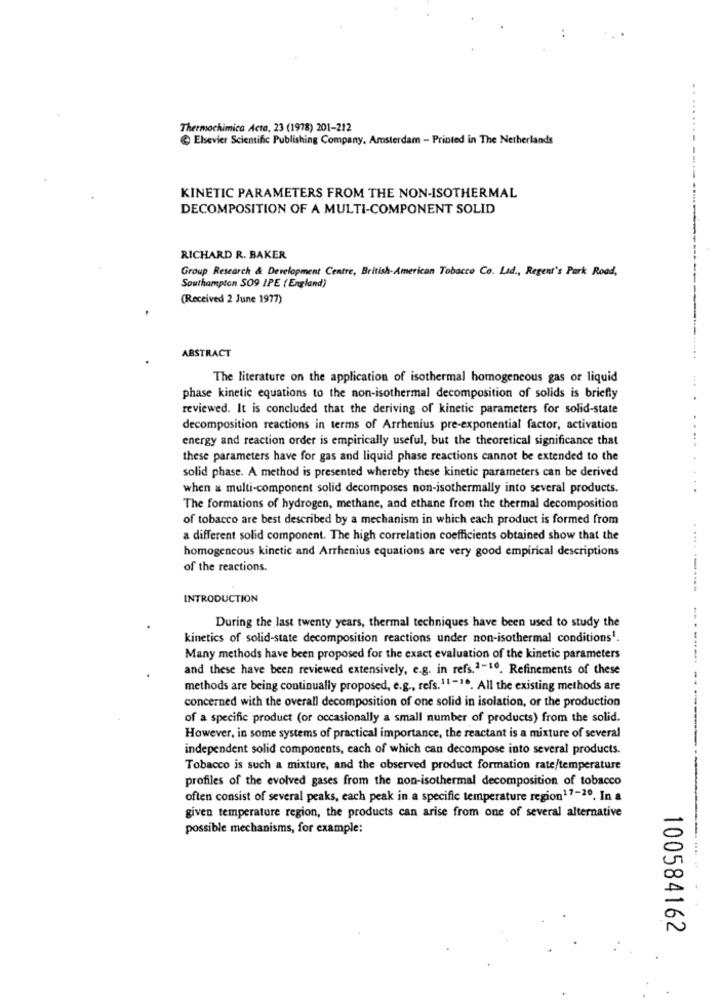
....
Thermochimica Acta, 23 (1978) 201-212
Elsevier Scientific Publishing Company. Amsterdam - Printed in The Netherlands
KINETIC PARAMETERS FROM THE NON-ISOTHERMAL
DECOMPOSITION OF A MULTI-COMPONENT SOLID
RICHARD R. BAKER
Group Research & Development Centre, British-American Tobacco Co. Ltd ., Regent's Park Road,
Southampton SO9 IPE ( England)
(Received 2 June 1977)
ABSTRACT
The literature on the application of isothermal homogeneous gas or liquid
phase kinetic equations to the non-isothermal decomposition of solids is briefly
reviewed. It is concluded that the deriving of kinetic parameters for solid-state
decomposition reactions in terms of Arrhenius pre-exponential factor, activation
energy and reaction order is empirically useful, but the theoretical significance that
these parameters have for gas and liquid phase reactions cannot be extended to the
solid phase. A method is presented whereby these kinetic parameters can be derived
when a multi-component solid decomposes non-isothermally into several products.
The formations of hydrogen, methane, and ethane from the thermal decomposition
of tobacco are best described by a mechanism in which each product is formed from
a different solid component. The high correlation coefficients obtained show that the
homogeneous kinetic and Arrhenius equations are very good empirical descriptions
of the reactions.
INTRODUCTION
During the last twenty years, thermal techniques have been used to study the
kinetics of solid-state decomposition reactions under non-isothermal conditions1.
Many methods have been proposed for the exact evaluation of the kinetic parameters
and these have been reviewed extensively, e.g. in refs.1-10. Refinements of these
methods are being continually proposed, e.g ., refs.11-10. All the existing methods are
concerned with the overall decomposition of one solid in isolation, or the production
of a specific product (or occasionally a small number of products) from the solid.
However, in some systems of practical importance, the reactant is a mixture of several
independent solid components, each of which can decompose into several products.
Tobacco is such a mixture, and the observed product formation rate/temperature
profiles of the evolved gases from the non-isothermal decomposition of tobacco
often consist of several peaks, each peak in a specific temperature region17-20. In a
given temperature region, the products can arise from one of several alternative
possible mechanisms, for example:
100584162